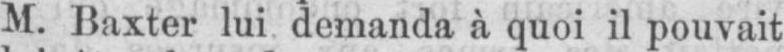
M. Baxter lui demanda à quoi il pouvait